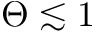
\Theta \lesssim 1